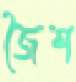
জৈশ